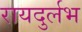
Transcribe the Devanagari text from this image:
रायदुर्लभ